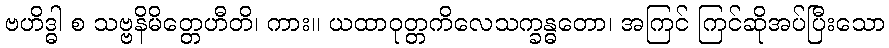
ဗဟိဒ္ဓါ စ သဗ္ဗနိမိတ္တေဟီတိ၊ ကား။ ယထာဝုတ္တကိလေသက္ခန္ဓတော၊ အကြင် ကြင်ဆိုအပ်ပြီးသော